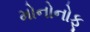
મોનોનોફૂ